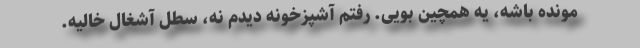
مونده باشه، یه همچین بویی. رفتم آشپزخونه دیدم نه، سطل آشغال خالیه.